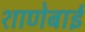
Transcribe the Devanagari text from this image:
शाणेबाई